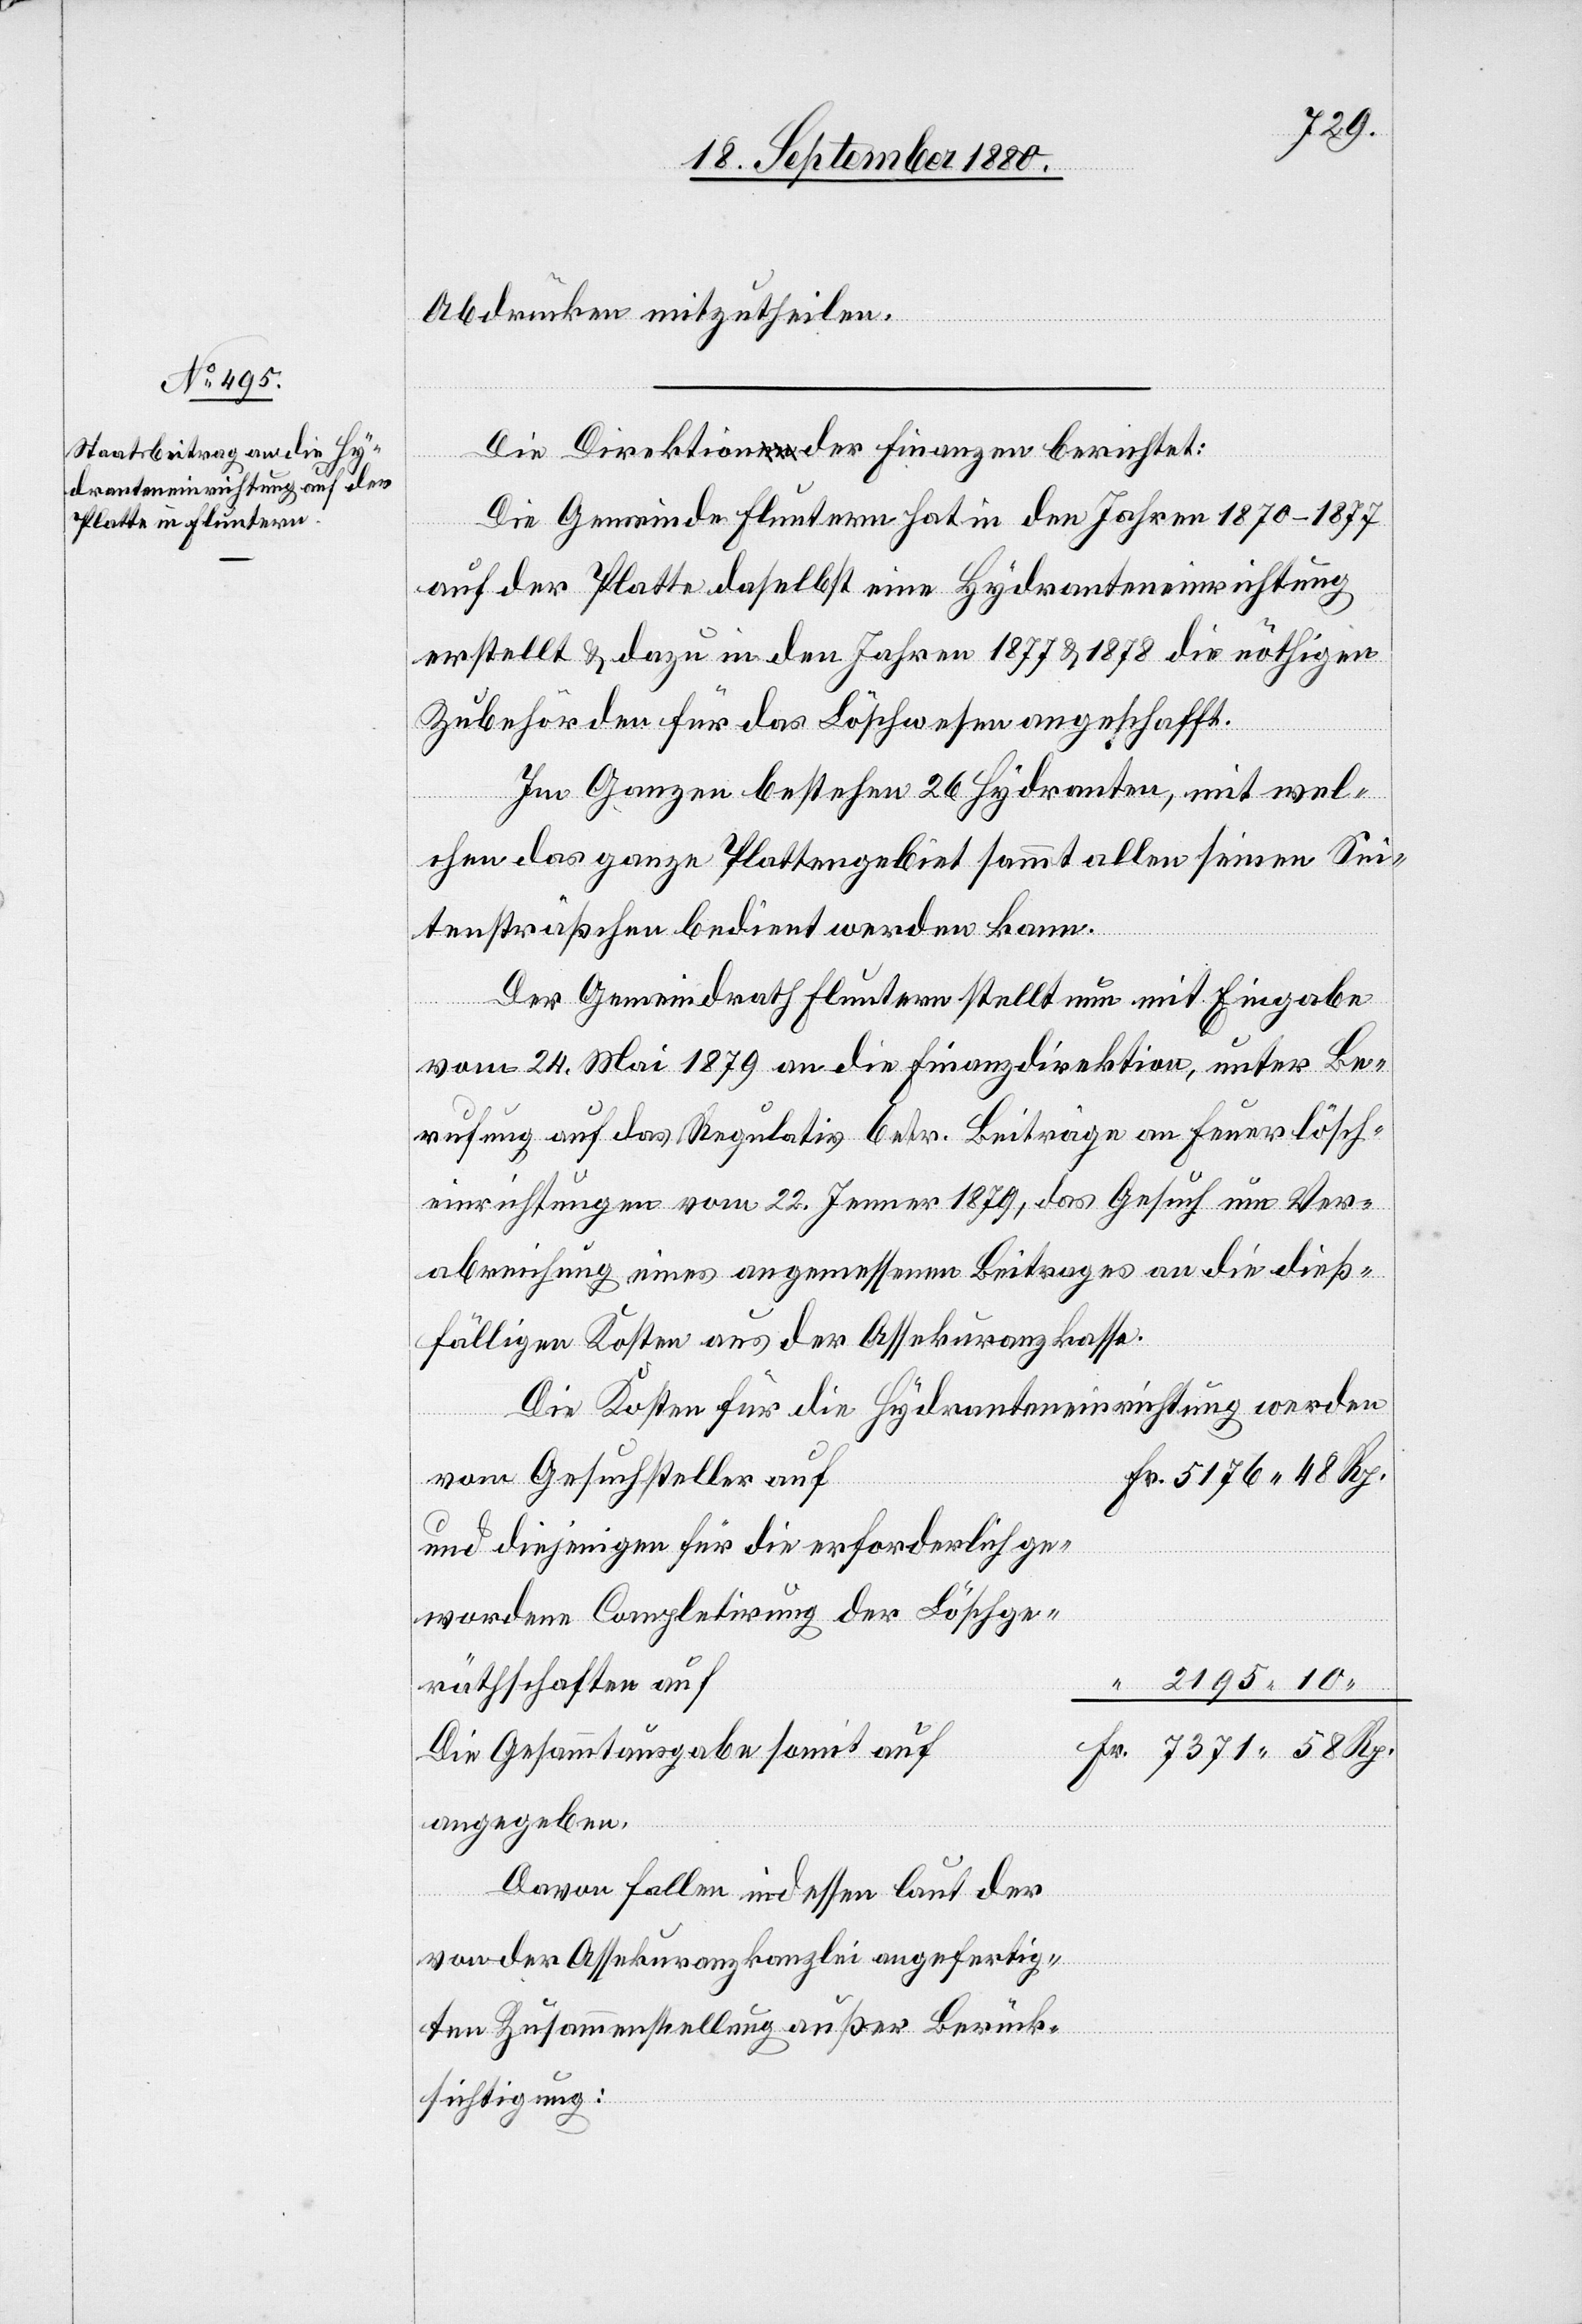
Abdrücken mitzutheilen.
Die Direktion der Finanzen berichtet:
Löschg¬
Die Gemeinde Fluntern hat in den Jahren 1870–1877
auf der Platte daselbst eine Hydranteneinrichtung
erstellt & dazu in den Jahren 1877 & 1878 die nöthigen
Zubehörden für das Löschwesen angeschafft.
Im Ganzen bestehen 26 Hydranten, mit wel¬
chen das ganze Plattengebiet sammt allen seinen Sei¬
tensträßchen bedient werden kann.
Der Gemeindrath Fluntern stellt nun mit Eingabe
vom 24. Mai 1879 an die Finanzdirektion, unter Be¬
rufung auf das Regulativ betr. Beiträge an Feuerlösch¬
einrichtungen vom 22. Jenner 1879, das Gesuch um Ver¬
abreichung eines angemessenen Beitrages an die dieß¬
fälligen Kosten aus der Assekuranzkasse.
Die Kosten für die Hydranteneinrichtung werden
von Gesuchsteller auf
und diejenigen für die erforderlich ge¬
eräthschaften auf
2195 10
Die Gesammtausgabe somit auf
angegeben.
Davon fallen indessen laut der
“
von der Assekuranzkanzlei außer Berück¬
sichtigung: